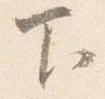
下